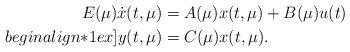
LaTeX: \begin{align*} E(\mu) \dot{x}(t,\mu) & = A(\mu) x(t,\mu) + B(\mu) u(t) \\begin{align*}1ex] y(t,\mu) & = C(\mu) x(t,\mu) . \end{align*}